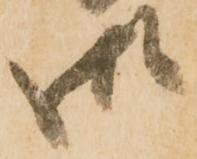
御